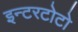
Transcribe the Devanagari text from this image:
इन्टरटोटो